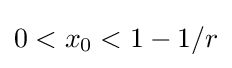
0<x_{0}<1-1/r